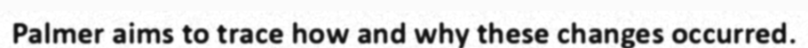
Palmer aims to trace how and why these changes occurred.